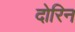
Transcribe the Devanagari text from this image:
दोरिन